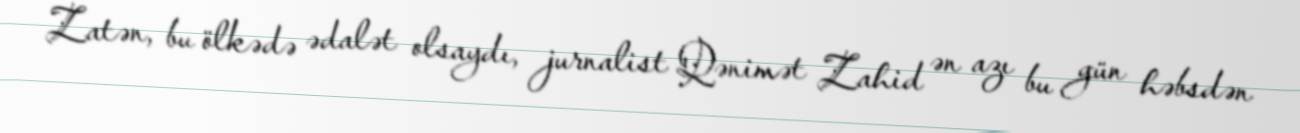
Zatən, bu ölkədə ədalət olsaydı, jurnalist Qənimət Zahid ən azı bu gün həbsdən